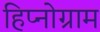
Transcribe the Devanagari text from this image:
हिप्नोग्राम